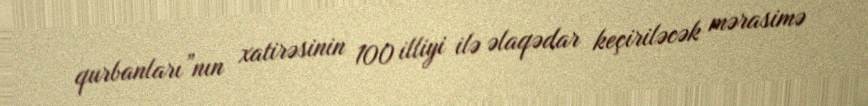
qurbanları”nın xatirəsinin 100 illiyi ilə əlaqədar keçiriləcək mərasimə